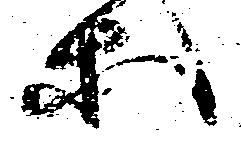
等